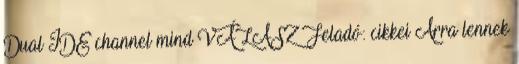
Dual IDE channel mind VÁLASZ Feladó: cikkei Arra lennek